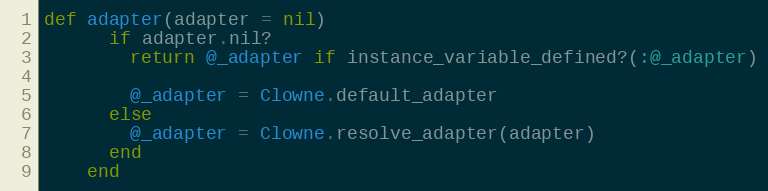
Language: Ruby
def adapter(adapter = nil)
      if adapter.nil?
        return @_adapter if instance_variable_defined?(:@_adapter)

        @_adapter = Clowne.default_adapter
      else
        @_adapter = Clowne.resolve_adapter(adapter)
      end
    end